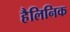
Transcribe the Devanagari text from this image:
हैलिनिक